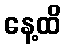
နေ့ထိ